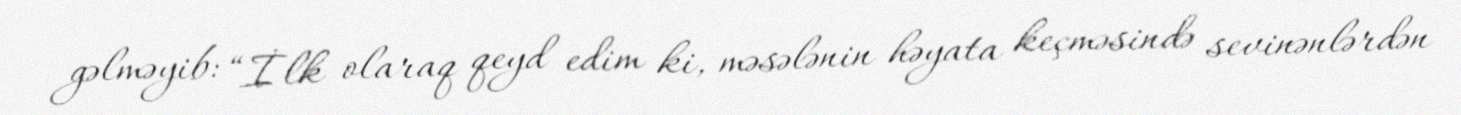
gəlməyib: “İlk olaraq qeyd edim ki, məsələnin həyata keçməsində sevinənlərdən